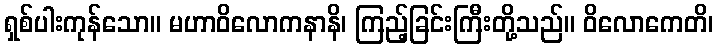
ရှစ်ပါးကုန်သော။ မဟာဝိလောကနာနိ၊ ကြည့်ခြင်းကြီးတို့သည်။ ဝိလောကေတိ၊